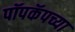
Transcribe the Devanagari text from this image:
पॉपकॅपच्या